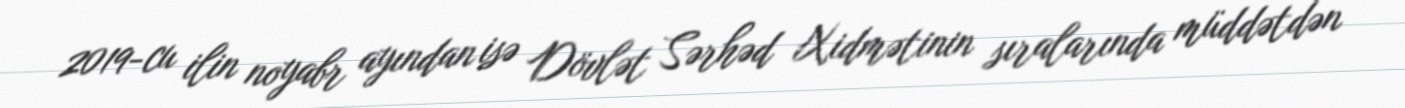
2019-cu ilin noyabr ayından isə Dövlət Sərhəd Xidmətinin sıralarında müddətdən